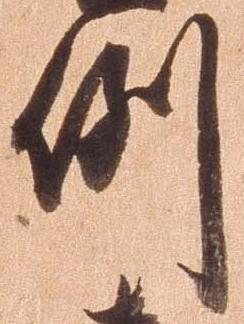
例